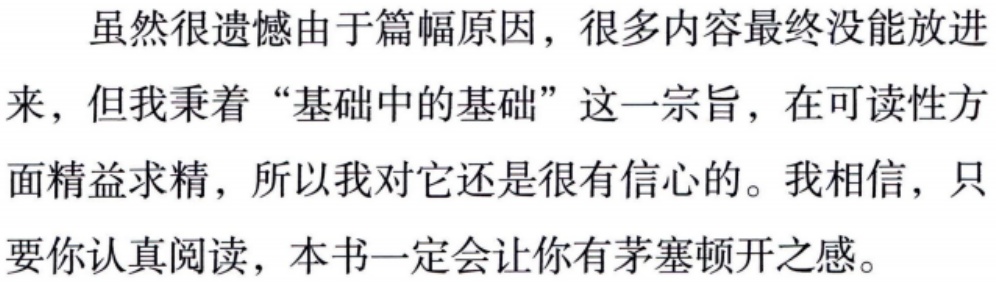
虽然很遗憾由于篇幅原因，很多内容最终没能放进来，但我秉着“基础中的基础”这一宗旨，在可读性方面精益求精，所以我对它还是很有信心的。我相信，只要你认真阅读，本书一定会让你有茅塞顿开之感。